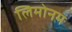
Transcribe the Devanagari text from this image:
लिमोनम